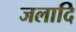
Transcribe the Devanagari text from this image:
जलादि